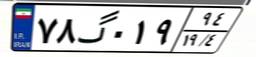
۷۸گ۰۱۹۹۴